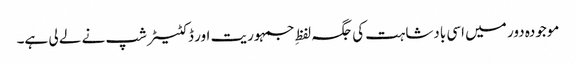
موجودہ دور میں اسی بادشاہت کی جگہ لفظِ جمہوریت اور ڈکٹیٹر شپ نے لے لی ہے۔